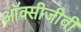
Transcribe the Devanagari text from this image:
ऑक्सीजीवी